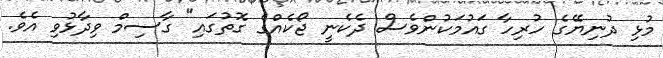
މުޅި ދުނިޔޭގެ ހުރިހާ ގައުމަކުންވެސް ދެކެނީ ޖޯކެއްގެ ގޮތުގައި" ގާސިމް ވިދާޅުވި އެވެ.